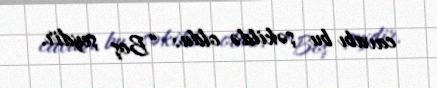
cavabı bu şəkildə oldu: “Boş şeydir.